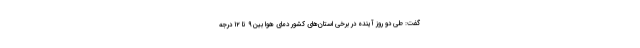
گفت: طی دو روز آینده در برخی استان‌های کشور دمای هوا بین ۹ تا ۱۲ درجه